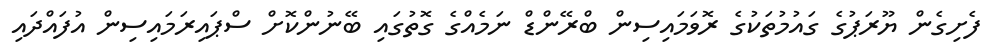
ފެށިގެން ޔޫރަޕުގެ ގައުމުތަކުގެ ރޮވަމައިސިން ބްރޭންޑް ނަމެއްގެ ގޮތުގައި ބޭނުންކޮށް ސްޕައިރަމައިސިން އުފައްދައި